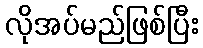
လိုအပ်မည်ဖြစ်ပြီး